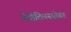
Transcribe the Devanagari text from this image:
नेपोलियनसोबत